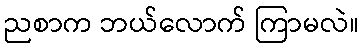
ညစာက ဘယ်လောက် ကြာမလဲ။